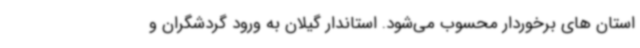
استان های برخوردار محسوب می‌شود. استاندار گیلان به ورود گردشگران و